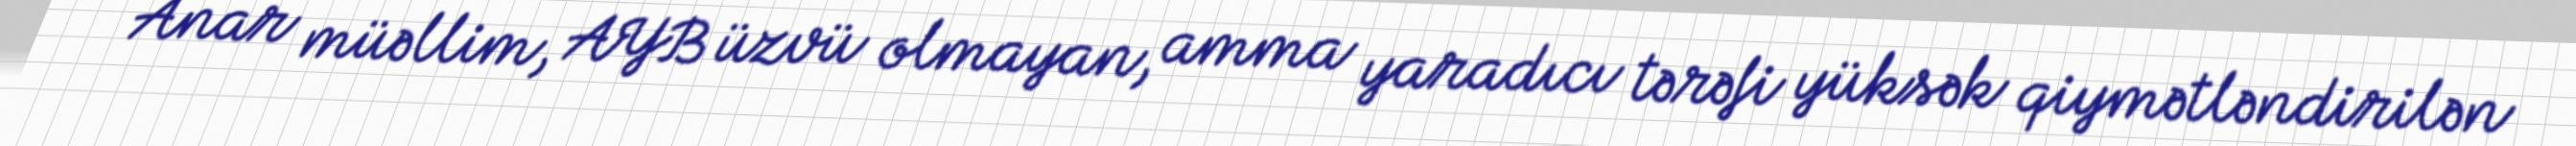
– Anar müəllim, AYB üzvü olmayan, amma yaradıcı tərəfi yüksək qiymətləndirilən